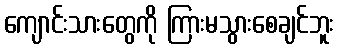
ကျောင်းသားတွေကို ကြားမသွားစေချင်ဘူး